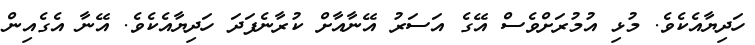
ހަދިޔާއެކެވެ. މުޅި އުމުރަށްވެސް އޭގެ އަސަރު އޭނާއާށް ކުރާނެފަދަ ހަދިޔާއެކެވެ. އޭނާ އެގެއިން